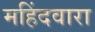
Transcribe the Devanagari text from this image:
महिंदवारा